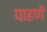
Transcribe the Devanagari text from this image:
पाहणें